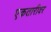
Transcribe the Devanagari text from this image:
एकतारीवर